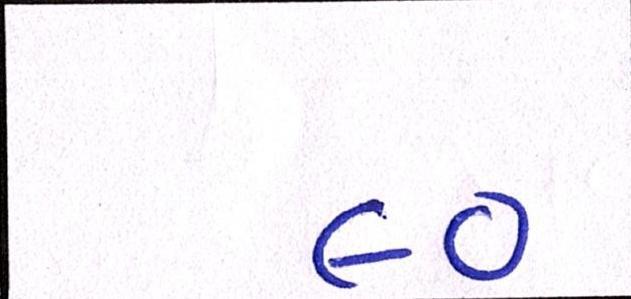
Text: ૯૦